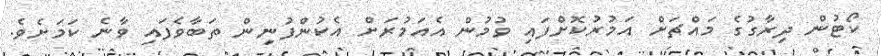
ކޯޓުން ދިރާގުގެ މައްޗަށް އަމުރުކޮށްފައި ވުމުން އެއަމުރަށް އެކުންފުނިން ތަބާވެފައި ވާނެ ކަމަށެވެ.